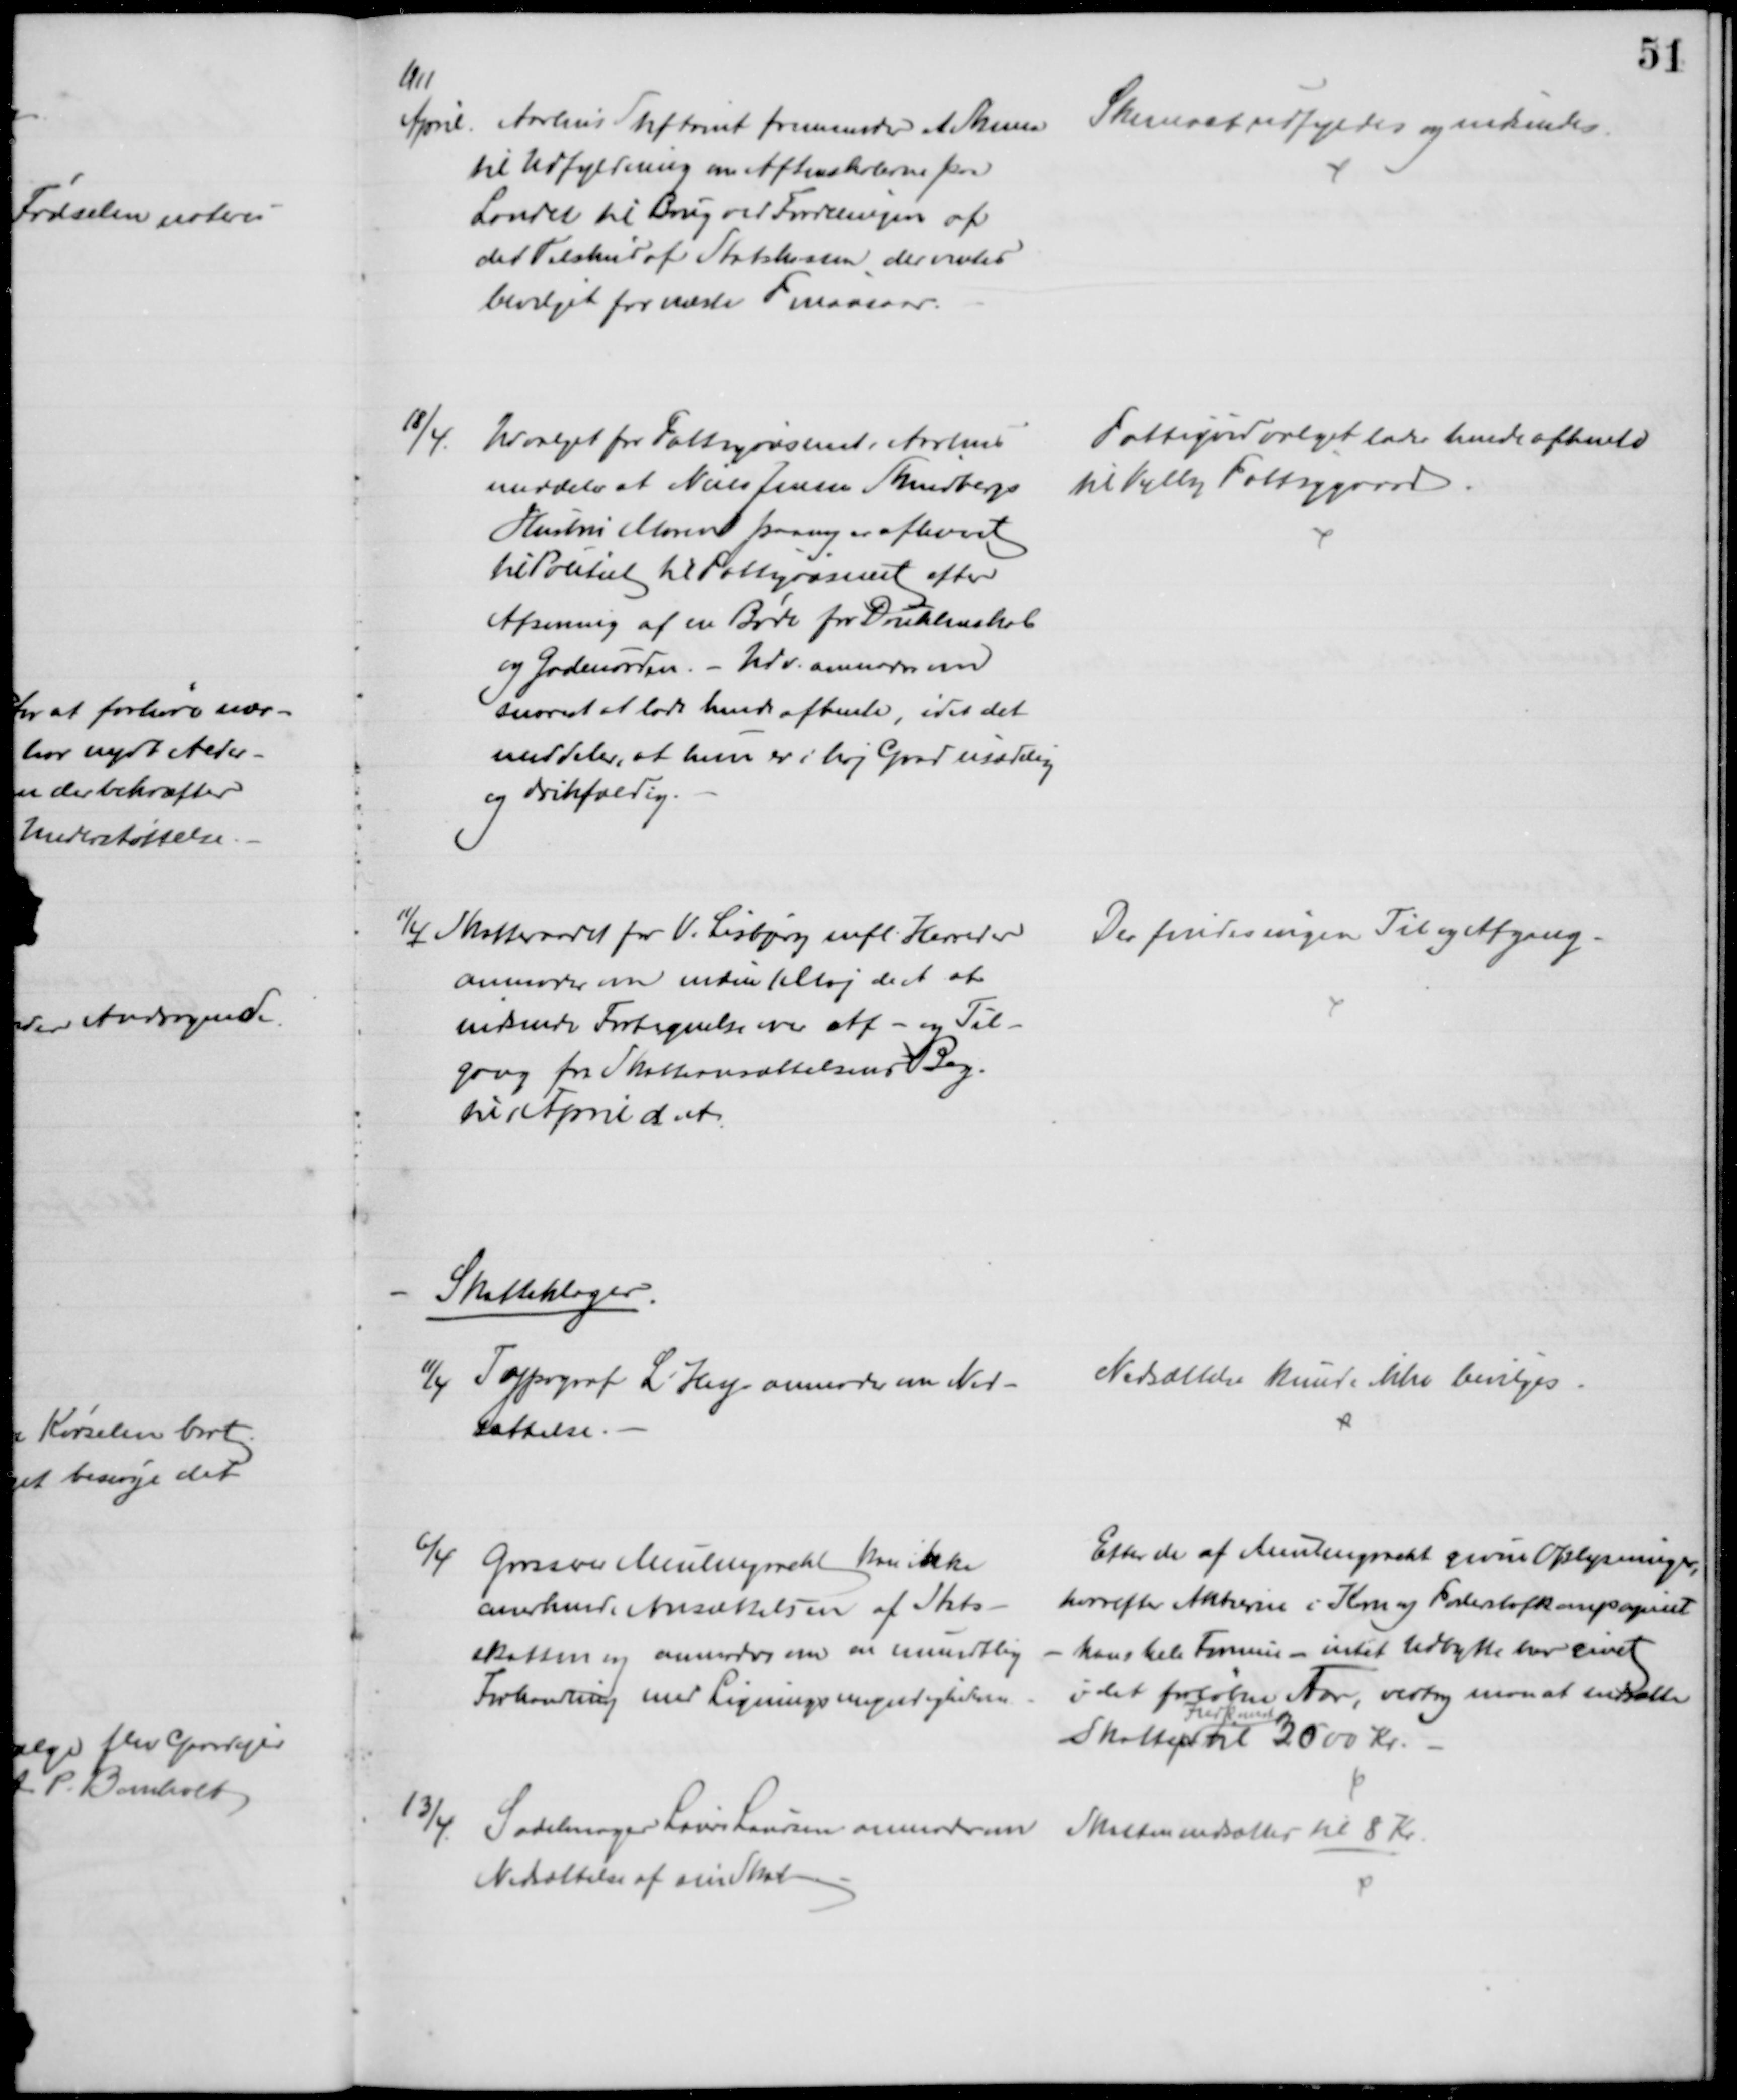
Transskription:
U11
April. Aarhus Stiftamt fremsender et Skema
til Udfyldning om Aftenskolerne paa
Landet til Brug ved Fordelingen af
det Tilskud af Statskassen. der ventes
bevilget for næste Finansaar.
Skemaet udfyldes og indsendes.
18/4
Udvalget for Fattigvæsenet i Aarhus
meddeler at Niels Jensen Skindbergs
Hustru Maren paany er afleveret
til Politiet til Fattigvæsenet efter
Afsoning af en Bøde for Drukkenskab
og Gadeuorden. - Udv. anmoder om
snarest at lade hende afhente, idet det
meddeler, at hun er i høj Grad usædelig
og drikfældig.
Fattigudvalget lader hende afhente
til Vejlby Fattiggaard
11/4 Skatteraadet for V. Lisbjerg mfl. Herreder
anmoder om inden 1 Maj d.A. at
indsende Fortegnelse over Af - og Til-
gang fra Skatteansættelsens Beg.
til April d. A.
Der findes ingen Til og Afgang
Skatteklager
11/4 Typograf L. Hey anmoder om Ned-
sættelse.
Nedsættelse kunde ikke bevilges
6/4 Grosserer Meulengracht kan ikke
anerkende Ansættelsen af Stats-
skatten og anmoder om en mundtlig
Forhandling med Ligningsmyndigheden
Efter de af Meulengracht givne Oplysninger,
hvorefter Aktierne i Korn og Foderstofkompageriet
- hans hele Formue - intet Udbytte har givet
i det forløbne Aar, vedtog man at nedsætte
Skattep
Indkomst
til 3000 Kr.
13/4
Sadelmager Laurs Laursen anmoder om 
Nedsættelse af sin Skat
Skatten nedsattes til 8 Kr.